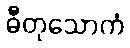
ဓီတုသောကံ